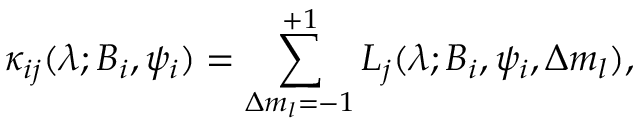
\kappa _ { i j } ( \lambda ; B _ { i } , \psi _ { i } ) = \sum _ { \Delta m _ { l } = - 1 } ^ { + 1 } L _ { j } ( \lambda ; B _ { i } , \psi _ { i } , \Delta m _ { l } ) ,